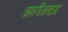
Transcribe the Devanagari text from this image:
फ़ारेस्टर